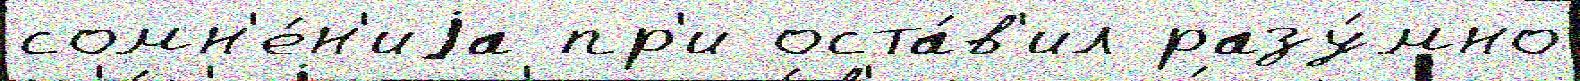
сомн'е́н'иjа пр'и оста́в'ил разу́мно